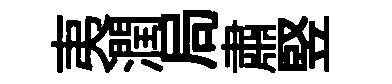
夷潤局肅竪